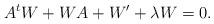
LaTeX: \begin{align*}A^tW+WA+W'+\lambda W=0.\end{align*}